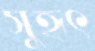
সুহৃৎ